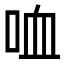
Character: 𠲣